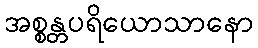
အစ္စန္တပရိယောသာနော